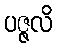
ပဇ္ဇလိ